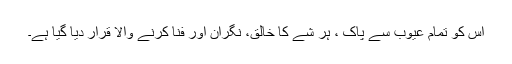
اس کو تمام عیوب سے پاک ، ہر شے کا خالق، نگران اور فنا کرنے والا قرار دیا گیا ہے۔